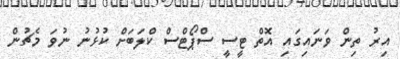
އިރު ތިން ވަނައިގައި އޮތް ޓީސީ ސްޕޯޓްސް ކްލަބަށް ކުޅުނު ނުވަ މެޗުން